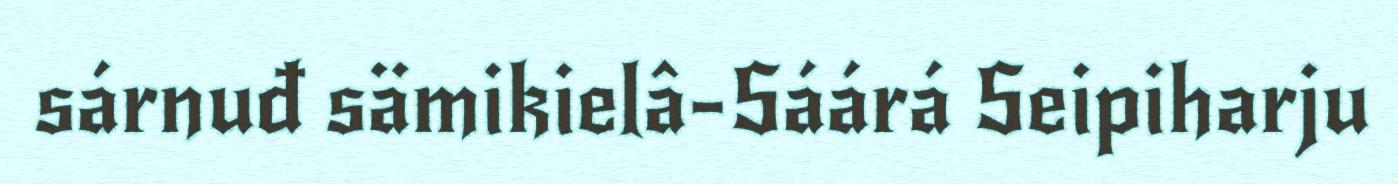
sárnuđ sämikielâ-Sáárá Seipiharju